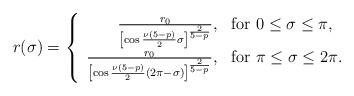
LaTeX: \begin{align*}r(\sigma) = \left\{ \begin{array}{rl} \frac{r_0}{\left[\cos\frac{\nu(5-p)}{2}\sigma\right]^{\frac{2}{5-p}}},&\mbox{for $0\le \sigma \le \pi$,}\\\frac{r_0}{\left[\cos\frac{\nu(5-p)}{2}(2\pi-\sigma)\right]^{\frac{2}{5-p}}},& \mbox{for $\pi\le \sigma \le 2\pi$.}\end{array} \right.\end{align*}